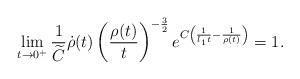
LaTeX: \begin{align*}\lim_{t \to 0^+}\frac{1}{\widetilde{C}}\dot{\rho}(t)\left(\frac{\rho(t)}{t}\right)^{-\frac{3}{2}}e^{C\left(\frac{1}{l_1t}-\frac{1}{\rho(t)}\right)}=1.\end{align*}